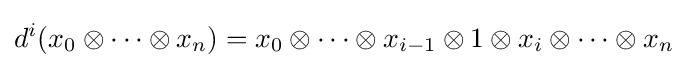
d^{i}(x_{0}\otimes \cdots \otimes x_{n})=x_{0}\otimes \cdots \otimes x_{i-1}\otimes 1\otimes x_{i}\otimes \cdots \otimes x_{n}